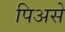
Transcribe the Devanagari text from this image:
पिअसे